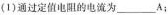
(1)通过定值电阻的电流为___A；